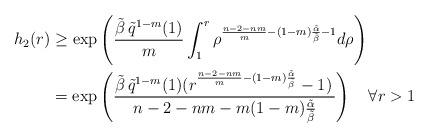
LaTeX: \begin{align*}h_2(r)&\geq \exp\left( \frac{\tilde \beta\, \tilde q^{1-m}(1)}{m}\int_1^r \rho^{\frac{n-2-nm}{m} -(1-m)\frac{\tilde\alpha}{\tilde\beta} -1} d\rho\right)\\&=\exp\left( \frac{\tilde \beta \, \tilde q^{1-m}(1)(r^{\frac{n-2-nm}{m}-(1-m)\frac{\tilde\alpha}{\tilde\beta} }-1) \,}{{n-2-nm}-m(1-m) \frac{\tilde\alpha}{\tilde\beta}}\right) \quad\forall r>1\end{align*}